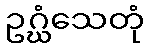
ဥဂ္ဃံသေတုံ